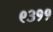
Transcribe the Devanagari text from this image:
९३११